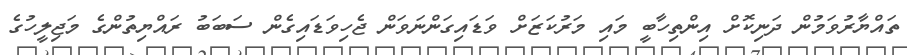
ތައްޔާރުވަމުން ދަނިކޮށް އިންތިހާބީ މައި މަރުކަޒަށް ވަޑައިގަންނަވަން ޖެހިވަޑައިގެން ސަބަބު ރައްޔިތުންގެ މަޖިލީހުގެ